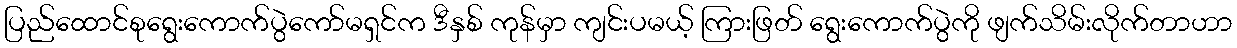
ပြည်ထောင်စုရွေးကောက်ပွဲကော်မရှင်က ဒီနှစ် ကုန်မှာ ကျင်းပမယ့် ကြားဖြတ် ရွေးကောက်ပွဲကို ဖျက်သိမ်းလိုက်တာဟာ